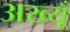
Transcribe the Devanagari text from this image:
अख्यूँ